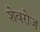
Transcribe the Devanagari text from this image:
शेवरोज